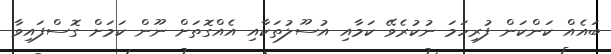
ބައެއް ކަންކަން ފުރިހަމަ ނުކުރެވޭ ކަމާއި އުސޫލުތަކާއި އެއްގޮތަށް ނޫން ކަމަށް ގޮސްފައިވާ